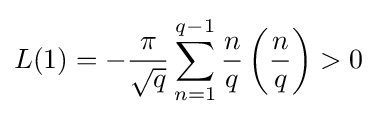
L(1)=-{\frac {\pi }{\sqrt {q}}}\sum _{n=1}^{q-1}{\frac {n}{q}}\left({\frac {n}{q}}\right)>0